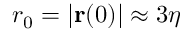
r _ { 0 } = | { \mathbf { r } } ( 0 ) | \approx 3 \eta